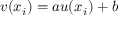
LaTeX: v ( x _ { i } ) = a u ( x _ { i } ) + b